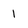
Character: 1